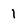
Character: 1